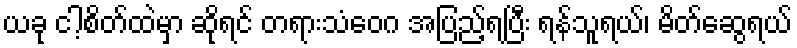
ယခု ငါ့စိတ်ထဲမှာ ဆိုရင် တရားသံဝေဂ အပြည့်ရပြီး ရန်သူရယ်၊ မိတ်ဆွေရယ်